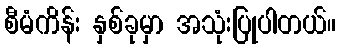
စီမံကိန်း နှစ်ခုမှာ အသုံးပြုပါတယ်။